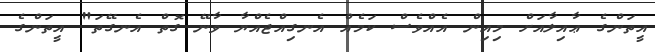
އީތަންގެ ޢާއިލާއަށް މިއިން އެއްވެސް ކަމެއް އެނގިއްޖެއްޔާ ވާނޭ ގޮތް އެނގޭތަ" އީތަންގެ